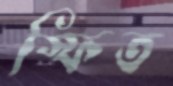
স্ফিত